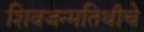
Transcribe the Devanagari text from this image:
शिवजन्मतिथीचे